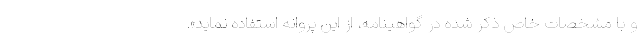
و با مشخصات خاص ذکر شده در گواهینامه، از این پروانه استفاده نماید».